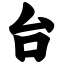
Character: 台